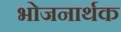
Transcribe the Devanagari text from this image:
भोजनार्थक